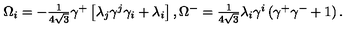
\Omega _ { i } = - \textstyle { \frac { 1 } { 4 \sqrt { 3 } } } \gamma ^ { + } \left[ \lambda _ { j } \gamma ^ { j } \gamma _ { i } + \lambda _ { i } \right] , \Omega ^ { - } = \textstyle { \frac { 1 } { 4 \sqrt { 3 } } } \lambda _ { i } \gamma ^ { i } \left( \gamma ^ { + } \gamma ^ { - } + 1 \right) .